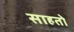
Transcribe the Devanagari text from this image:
साहतो